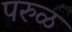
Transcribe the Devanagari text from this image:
परुळ